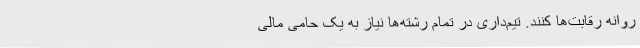
روانه رقابت‌ها کنند. تیم‌داری در تمام رشته‌ها نیاز به یک حامی مالی